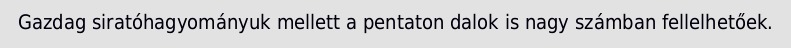
Gazdag siratóhagyományuk mellett a pentaton dalok is nagy számban fellelhetőek.